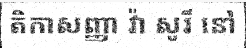
តិកាសញ្ញា វ៉ា សូរី នៅ